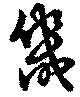
畿